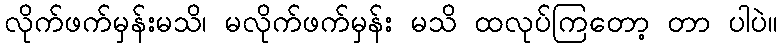
လိုက်ဖက်မှန်းမသိ၊ မလိုက်ဖက်မှန်း မသိ ထလုပ်ကြတော့ တာ ပါပဲ။